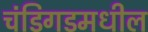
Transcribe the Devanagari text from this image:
चंडिगडमधील